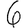
Digit: 6